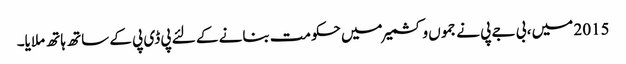
2015 میں ، بی جے پی نے جموں و کشمیر میں حکومت بنانے کے لئے پی ڈی پی کے ساتھ ہاتھ ملایا۔